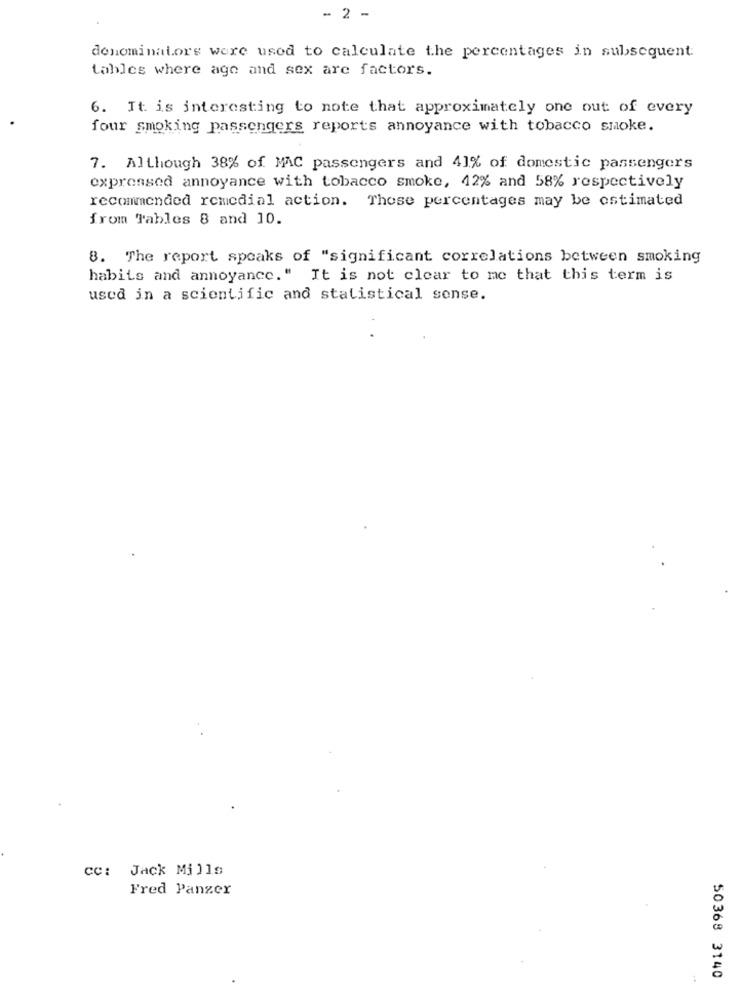
- 2 -
denominators were used to calculate the percentages in subsequent
tables where age and sex are factors.
6. It is interesting to note that approximately one out of every
four smoking passengers reports annoyance with tobacco smoke.
7. Although 38% of MAC passengers and 41% of domestic passengers
expressed annoyance with tobacco smoke, 42% and 58% respectively
recommended remedial action. Those percentages may be estimated
from Tables 8 and 10.
8. The report speaks of "significant correlations between smoking
habits and annoyance." It is not clear to me that this term is
used in a scientific and statistical sense.
CC: Jack Mills
Fred Panzer
50368 3140